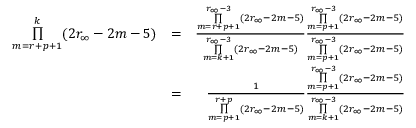
\begin{array} { r l r } { \underset { m = r + p + 1 } { \overset { k } { \prod } } ( 2 r _ { \infty } - 2 m - 5 ) } & { = } & { \frac { \underset { m = r + p + 1 } { \overset { r _ { \infty } - 3 } { \prod } } ( 2 r _ { \infty } - 2 m - 5 ) } { \underset { m = k + 1 } { \overset { r _ { \infty } - 3 } { \prod } } ( 2 r _ { \infty } - 2 m - 5 ) } \frac { \underset { m = p + 1 } { \overset { r _ { \infty } - 3 } { \prod } } ( 2 r _ { \infty } - 2 m - 5 ) } { \underset { m = p + 1 } { \overset { r _ { \infty } - 3 } { \prod } } ( 2 r _ { \infty } - 2 m - 5 ) } } \\ & { = } & { \frac { 1 } { \underset { m = p + 1 } { \overset { r + p } { \prod } } ( 2 r _ { \infty } - 2 m - 5 ) } \frac { \underset { m = p + 1 } { \overset { r _ { \infty } - 3 } { \prod } } ( 2 r _ { \infty } - 2 m - 5 ) } { \underset { m = k + 1 } { \overset { r _ { \infty } - 3 } { \prod } } ( 2 r _ { \infty } - 2 m - 5 ) } } \end{array}